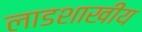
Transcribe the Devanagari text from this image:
लाडशाखीय